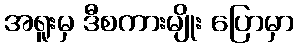
အရူးမှ ဒီစကားမျိုး ပြောမှာ